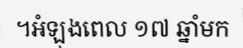
។អំឡុងពេល ១៧ ឆ្នាំមក